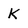
Character: K